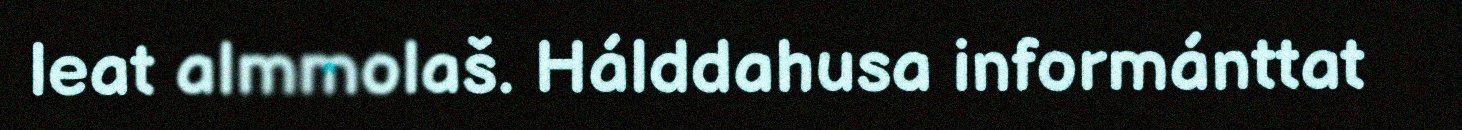
leat almmolaš. Hálddahusa informánttat